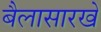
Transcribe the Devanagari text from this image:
बैलासारखे